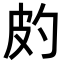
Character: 𤿉